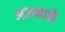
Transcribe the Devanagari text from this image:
अजनाळे